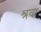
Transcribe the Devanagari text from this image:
श्रवा